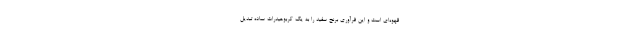
قهوه‌ای است و این فرآوری برنج سفید را به یک کربوهیدرات ساده تبدیل